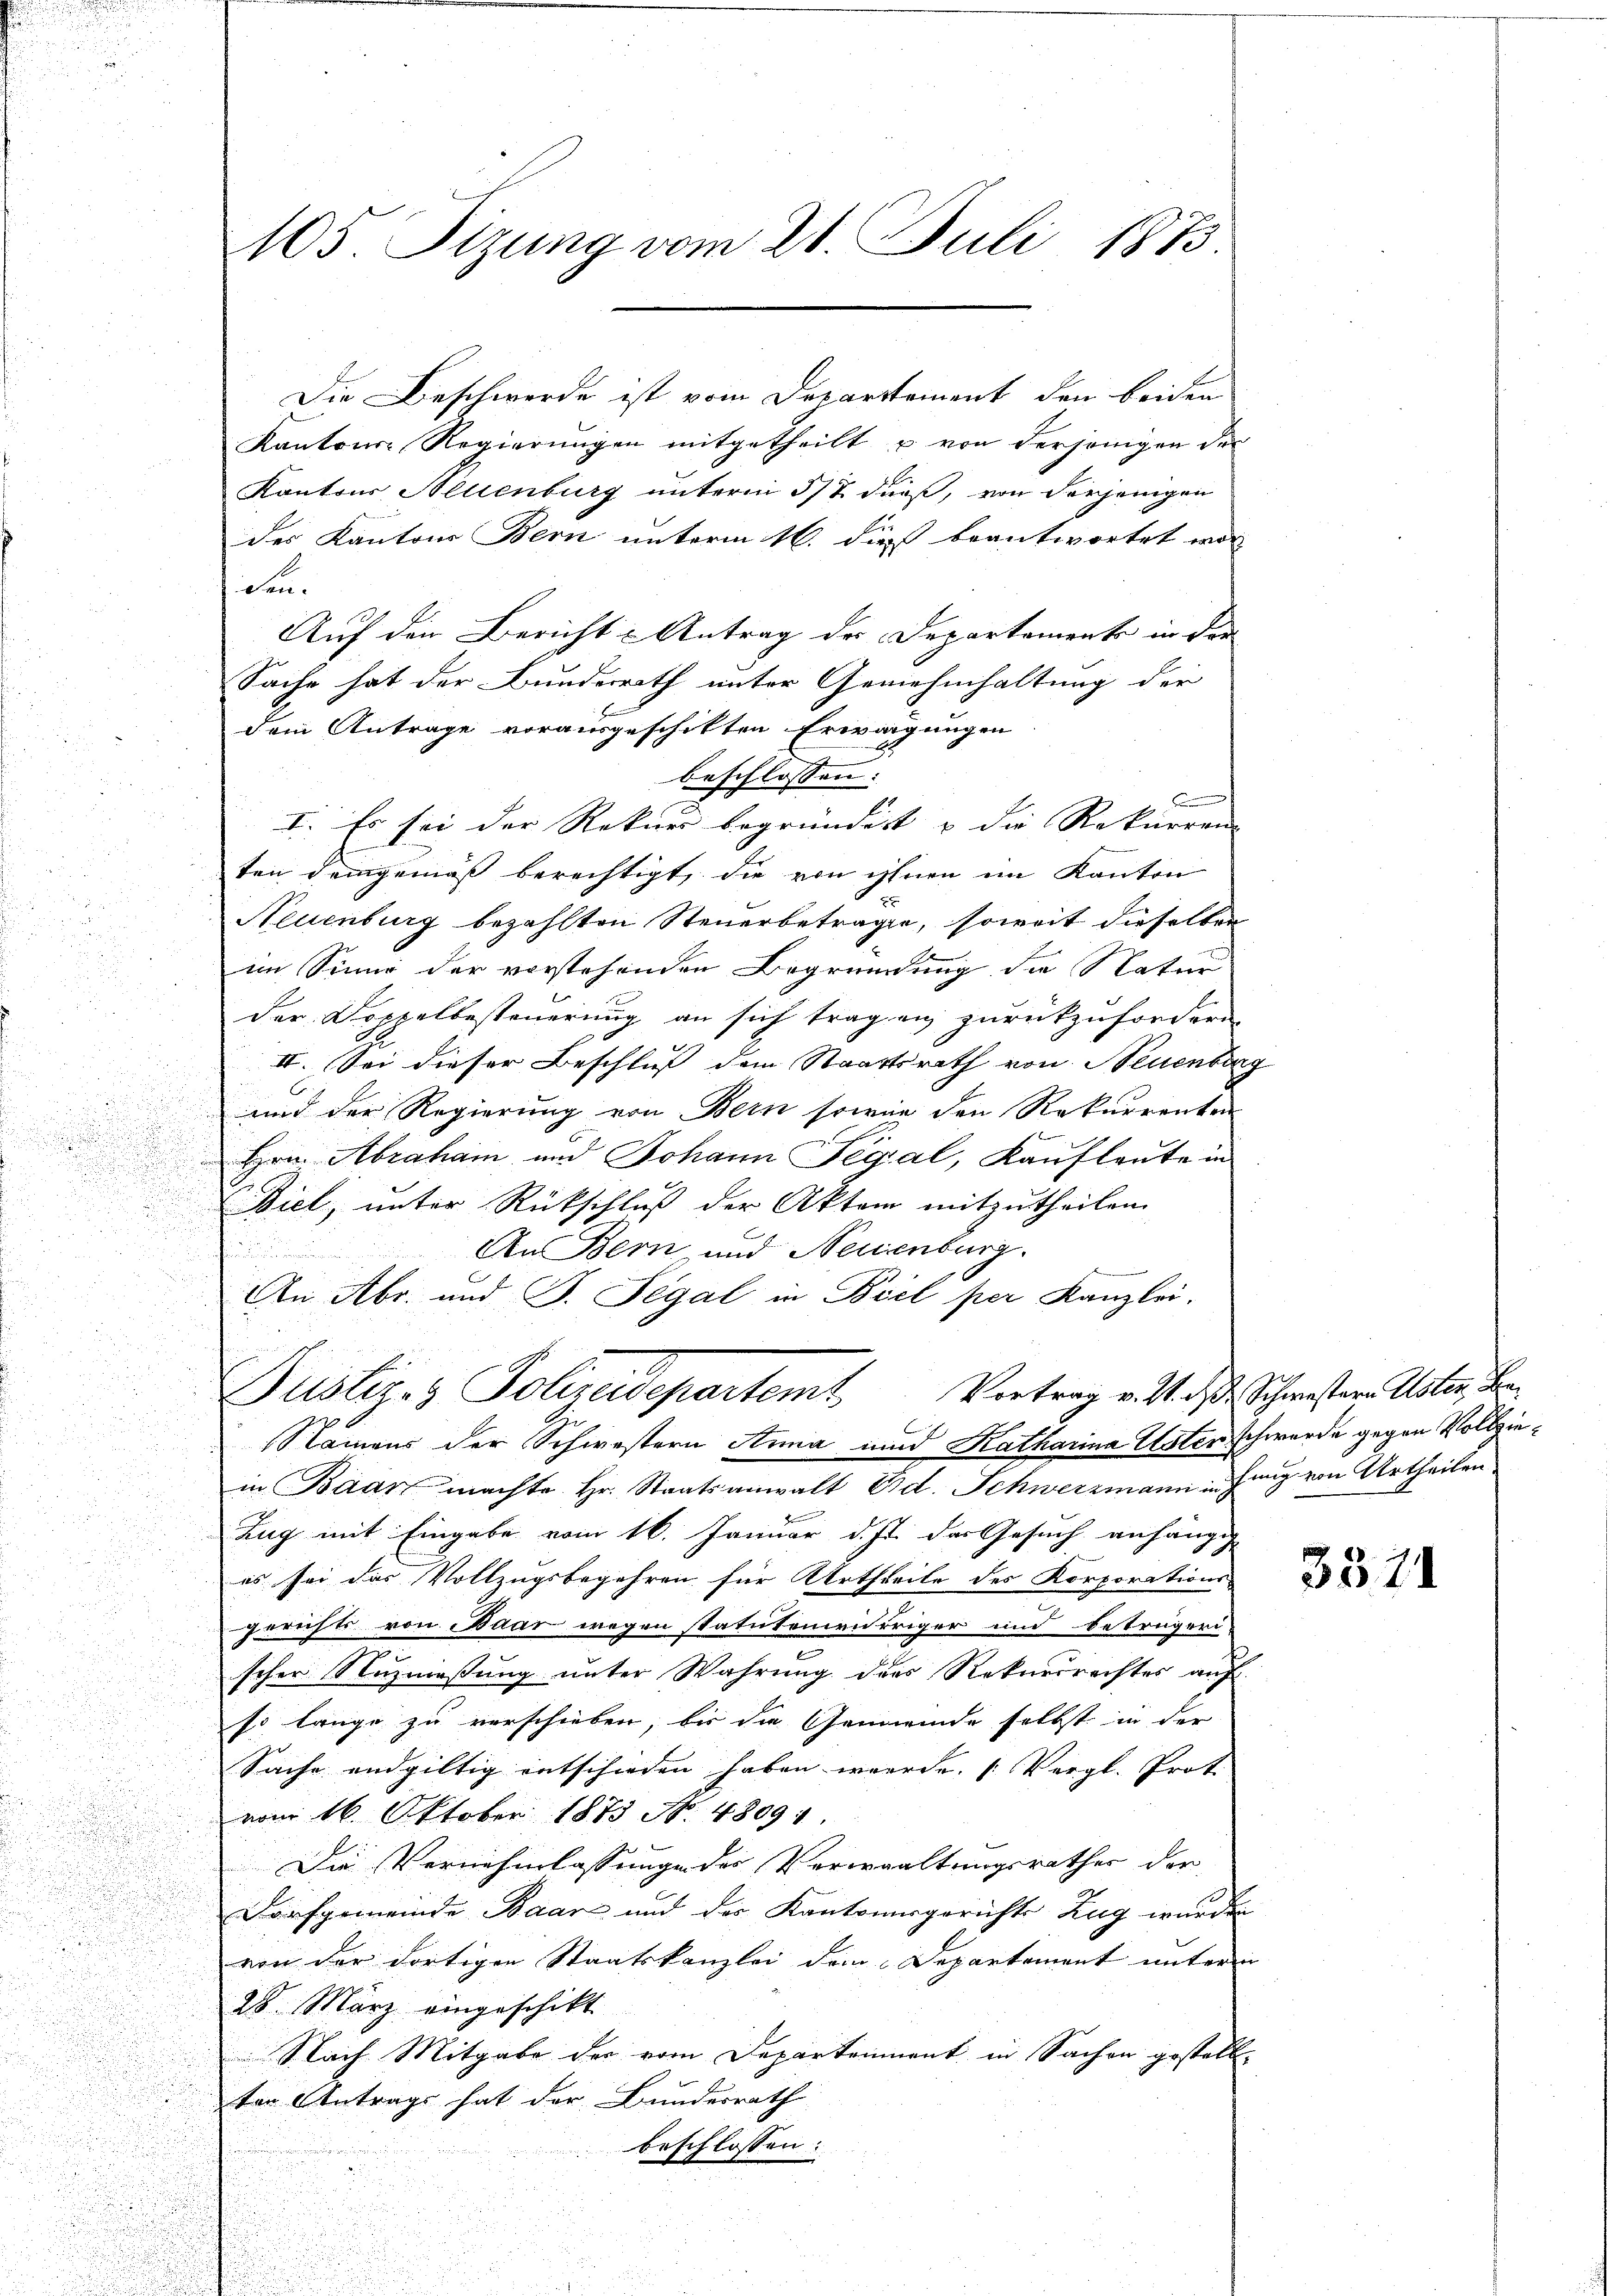
Die Beschwerde ist vom Departement den beiden
Kantons Regierungen mitgetheilt u von derjenigen der
1
Kantons Allienburg unterm 5/7. dieß, von derjenigen
des Kantons Bern unterm 16. dieß beantwortet wor
den.
Auf den Bericht u Antrag der Departemente in der
Sache hat der Bundesrath unter Genehmhaltung der
dem Antrage vorausgeschikten Erwägungen
beschlossen:
A
u
I. Es sei der Rekurs begründet & die Rekurren
ten demgemäß berechtigt, die von ihnen im Kanton
2
Neuenburg bezahlten Steuerbetrage, soweit dieselben
im Sinne der vorstehenden Begründung die Natur
der Doppelbesteuerung an sich tragen zurückzufordern.
II. Sei dieser Beschluß dem Staatsrath von Neuenburg
und der Regierung von Bern sowie den Rekurrenten
Hrn. Abraham und Johann Tegal, Kaufleute in
Diel, unter Rückschluß der Aktem mitzutheilen.
An Bern und Neuenburg.
e
An Abr. und P. Tegal in Biel per Kanzlei.
Justiges Polizeidepartemt Vortrag v. M. d. d. Schwestern Uster, Be¬
u
n
Namens der Schwestern Anna und Katharina Uster schwerde gegen Vollzie¬

in Baar machte. Hr. Staatsanwalt Ed. Schwerzmann hang von Urtheilen

 58.
.
Zug mit Eingabe vom 16. Januar d. Js. das Gesuch anhängig
1

es sei das Vollzugsbegehren für Urtheile des Korporations-

gerichts von Baar wegen statutenieurriger und betrügend
e
scher Nuznaßung unter Wahrung des Rekurrrechtes auf
u
so lange zu verschieben, bis die Gemeinde selbst in der
Sache endgültig entschieden haben werde. (Vergl. Prot.
vom 16. Oktober 1873 N. 48091
Die Vernehmlassunge des Verwaltungsrathes der
Dorfgemeinde Baar und der Kantonergerichts Zug wurden
von der dortigen Staatskanzlei dem Departement untere
28. März eingeschikt.
Nach Mitgabe der vom Departement in Sachen gestell
ten Antrags hat der Bundesrath
beschlossen:

u

105. Sizung vom 21. Juli 1873.

3371